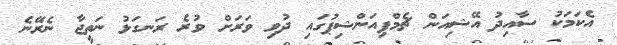
އެކަމަކު ސާއިދު އޭޝިއަން ޗެމްޕިއަންޝިޕުގައި ދުވި ވަރަށް ވުރެ ރަނގަޅު ނަތީޖާ ނެރޭނެ